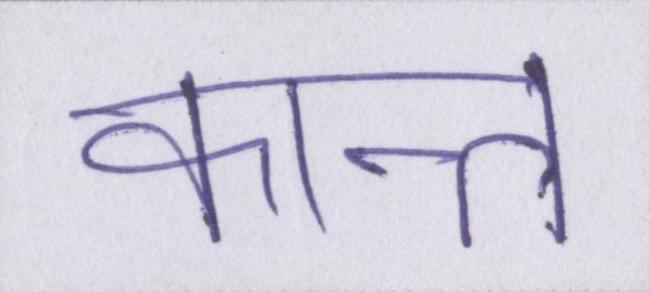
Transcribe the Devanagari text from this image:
कान्त